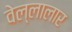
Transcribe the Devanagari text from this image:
वेल्लालार